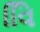
વિિ